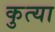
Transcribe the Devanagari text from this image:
कुत्या